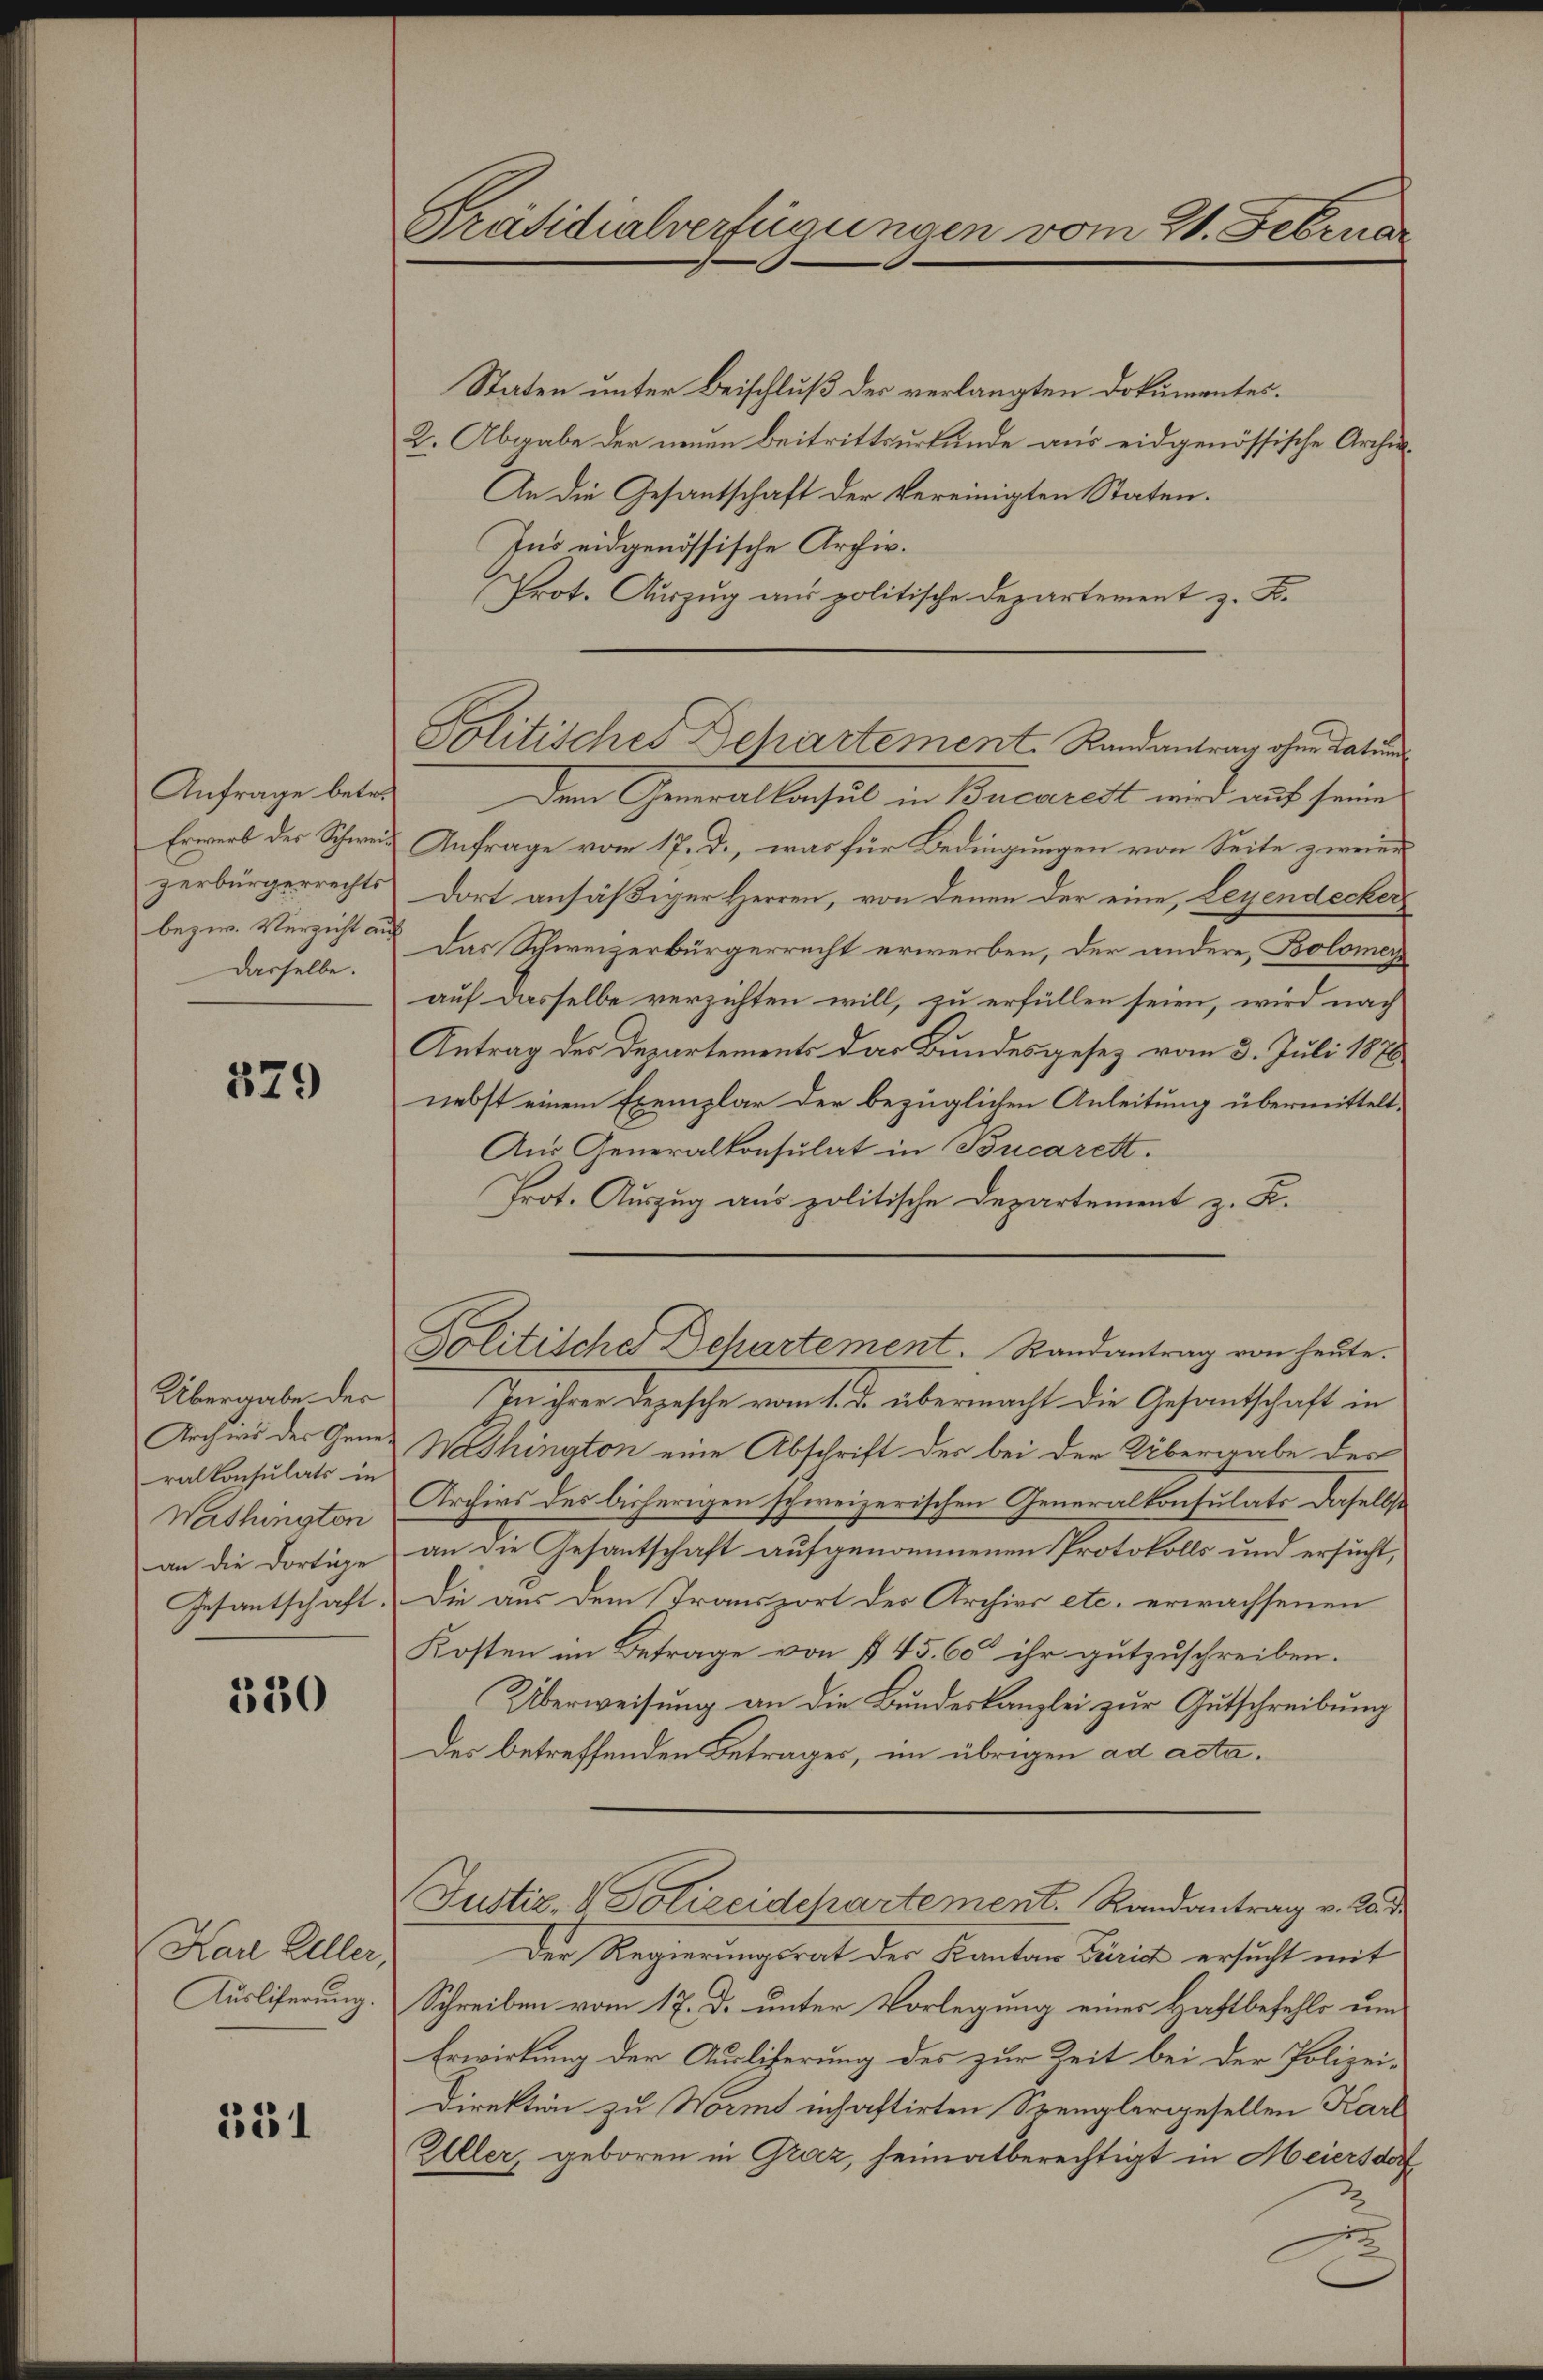
Anfrage betre
Dasselbe.

329

Übergabe der
Archied der Generalkonsulats in
Washington
an die dortige
Gesantschaft.

330

Karl Aller,

531

Präsidialverfügungen vom 21. Februar

Politisches Departement. Randantrag ohne Datum

Staten unter Beischluß der verlangten Dokumentes.
2. Abgabe der neuen Beitrittsurkunde aus eidgenössische Archia¬
An die Gesantschaft der Vereinigten Staten.
Ins eidgenössische Archiv.
Prot. Auszug aus politische Departement z. B.
Dem Generalkonsul in Bucarett wird auf seine
Erwerb des Schwere Anfrage vom 17. d., was für Bedingungen von Seite zweier
zerbürgerrechts dort ansäßiger Herren, von denen der eine, Leyendecker
bezw. Verzicht an das Schweizerbürgerrecht erwerben, der andere Bolomer
auf dasselbe verzichten will, zu erfüllen seien, wird nach
Antrag des Departements das Bundesgesez vom 3. Juli 1876
nebst einem Exemplar der bezüglichen Anleitung übermittelt¬
Aus Generalkonsulat in Bucarett.
Prot. Auszug aus politische Departement z. K.
Politische Departement. Randantrag von heute.
In ihrer Depesche vom 1. J. übermacht die Gesantschaft in
Washington eine Abschrift der bei der Übergabe des
Archivs des bisherigen schweizerischen Generalkonsulats daselbst
an die Gesantschaft aufgenommenen Protokolls und ersucht,
Die aus dem Transport des Archivs etc. erwachsenen
Kosten im Betrage von § 45. 60 ihr gutzuschreiben.
Überweisung an die Bundeskanzlei zur Gutschreibung
Der betreffenden Betrages, im übrigen ad acta.
Justiz- & Polizeidchartement. Randantrag v. 25. d
Der Regierungsrat des Kanton Zürich ersucht mit
Ausliferung. Schreiben vom 17. d. unter Vorlegung einer Haftbefehls um
Erwirkung der Auslicherung des zur Zeit bei der Polizei-
Direktion zu Worms inhaftirten Spenglergesellen Karl
Aller, geboren in Graz, heimatberechtigt in Meiersdor